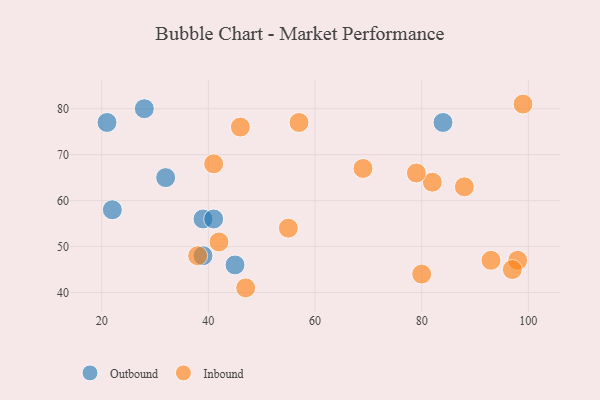
{"axis": {"x": "GDP", "y": "Life Expectancy"}, "legend": ["Inbound", "Outbound"], "data": [{"x": "21", "y": 77, "type": "Outbound"}, {"x": "39", "y": 56, "type": "Outbound"}, {"x": "45", "y": 46, "type": "Outbound"}, {"x": "22", "y": 58, "type": "Outbound"}, {"x": "41", "y": 56, "type": "Outbound"}, {"x": "28", "y": 80, "type": "Outbound"}, {"x": "32", "y": 65, "type": "Outbound"}, {"x": "39", "y": 48, "type": "Outbound"}, {"x": "84", "y": 77, "type": "Outbound"}, {"x": "98", "y": 47, "type": "Inbound"}, {"x": "47", "y": 41, "type": "Inbound"}, {"x": "41", "y": 68, "type": "Inbound"}, {"x": "99", "y": 81, "type": "Inbound"}, {"x": "93", "y": 47, "type": "Inbound"}, {"x": "57", "y": 77, "type": "Inbound"}, {"x": "97", "y": 45, "type": "Inbound"}, {"x": "69", "y": 67, "type": "Inbound"}, {"x": "42", "y": 51, "type": "Inbound"}, {"x": "82", "y": 64, "type": "Inbound"}, {"x": "79", "y": 66, "type": "Inbound"}, {"x": "80", "y": 44, "type": "Inbound"}, {"x": "38", "y": 48, "type": "Inbound"}, {"x": "46", "y": 76, "type": "Inbound"}, {"x": "55", "y": 54, "type": "Inbound"}, {"x": "88", "y": 63, "type": "Inbound"}]}